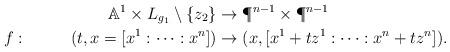
LaTeX: \begin{align*}&&\mathbb{A}^1 \times L_{g_1} \setminus \{z_2\} &\rightarrow \P^{n-1} \times \P^{n-1} \\f: &&(t,x=[x^1: \dots:x^n]) & \rightarrow (x, [x^1+tz^1: \dots: x^n+tz^n]).\end{align*}